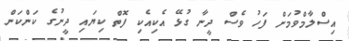
އިސްލާމްވުމަށް ފަހު ވެސް ދީނާ ގުޅޭ އެކިއެކި ފޮތް ކިޔައި ދީނުގެ ކަންކަން